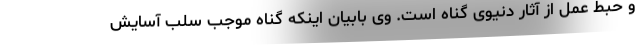
و حبط عمل از آثار دنیوی گناه است. وی بابیان اینکه گناه موجب سلب آسایش